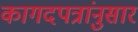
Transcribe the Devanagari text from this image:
कागदपत्रांनुसार